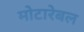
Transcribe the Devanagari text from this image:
मोटारेबल